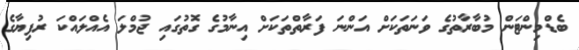
ބެޑްމިންޓަން މުބާރާތުގެ ވަނަތަކަށް އަންނަ ފަރާތްތަކަށް އިނާމުގެ ގޮތުގައި ޖުމްލަ އެއްލައްކަ ރުފިޔާގެ